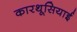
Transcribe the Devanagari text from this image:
कारथूसियाई